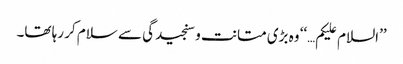
’’السلام علیکم…‘‘ وہ بڑی متانت و سنجیدگی سے سلام کر رہا تھا۔